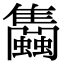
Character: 𧕣